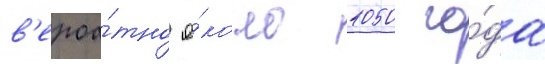
в'ероа́тно о́коло 1050 го́да